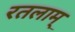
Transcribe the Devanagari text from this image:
रतलाम्